Indian Civil Veterinary Department memoirs
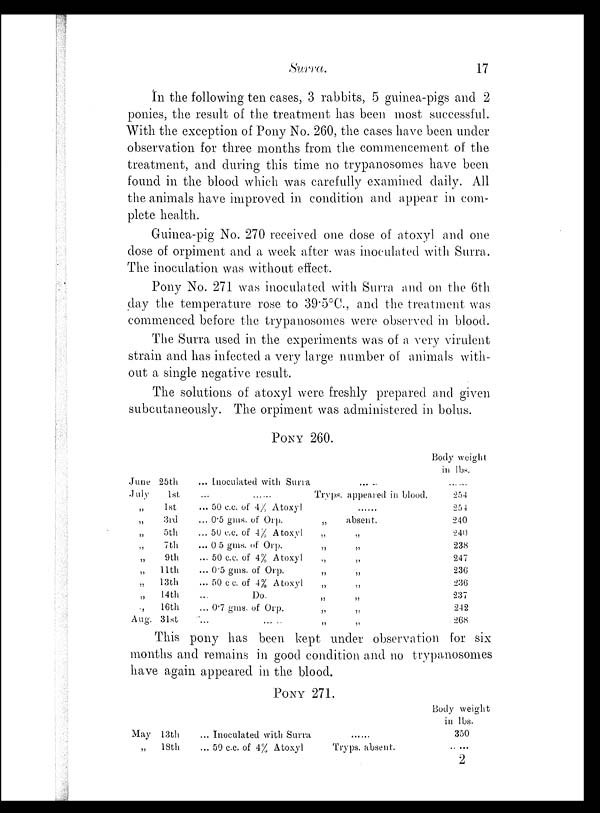
Surra.
17
In the following ten cases, 3 rabbits, 5 guinea-pigs and 2
ponies, the result of the treatment has been most successful.
With the exception of Pony No. 260, the cases have been under
observation for three months from the commencement of the
treatment, and during this time no trypanosomes have been
found in the blood which was carefully examined daily. All
the animals have improved in condition and appear in com-
plete health.
Guinea-pig No. 270 received one dose of atoxyl and one
dose of orpiment and a week after was inoculated with Surra.
The inoculation was without effect.
Pony No. 271 was inoculated with Surra and on the 6th
day the temperature rose to 39.5°C., and the treatment was
commenced before the trypanosomes were observed in blood.
The Surra used in the experiments was of a very virulent
strain and has infected a very large number of animals with-
out a single negative result.
The solutions of atoxyl were freshly prepared and given
subcutaneously. The orpiment was administered in bolus.
PONY 260.
June 25th
July
1st
„
1st
„
3rd
„
5th
„
7th
„
9th
„ 11th
„ 13th
„ 14th
„
16th
Aug. 31st
... Inoculated with Surra ... ...
... ... ... Tryps, appeared in blood.
... 50 c.c. of 4% Atoxyl ... ...
... 0.5 gms, of Orp.
„
absent.
... 50 c.c. of 4% Atoxyl
„
„
... 0.5 gms. of Orp.
„
„
... 50 c.c. of 4% Atoxyl
„
„
... 0.5 gms. of Orp.
„
„
... 50 c c. of 4% Atoxyl
„
„
...
Do.
„
„
... 0.7 gms. of Orp.
„
„
... ... ... „ „
Body weight
in lbs.
... ...
254
254
240
240
238
247
236
236
237
242
268
This pony has been kept under observation for six
months and remains in good condition and no trypanosomes
have again appeared in the blood.
PONY 271.
May 13th
„
18th
... Inoculated with Surra
... 50 c.c. of 4% Atoxyl
......
Tryps. absent.
Body weight
in lbs.
350
......
2